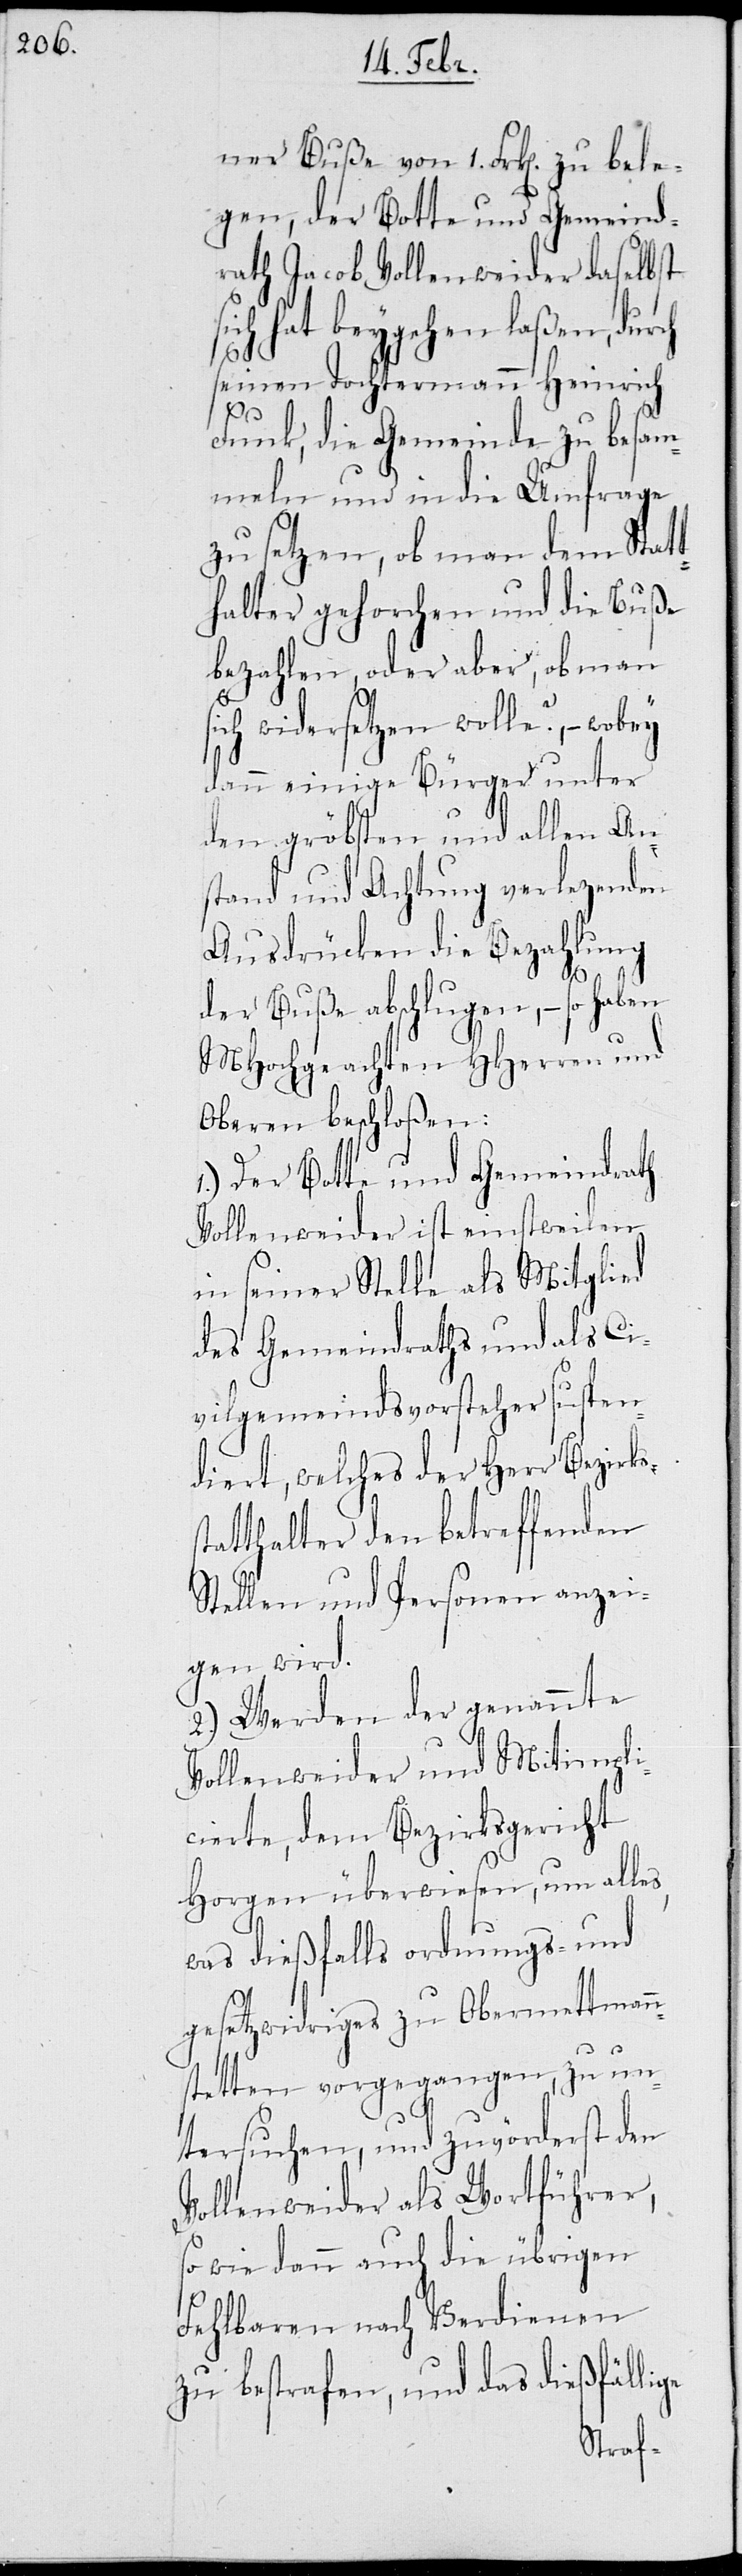
ner Buße von 1 Frk[en]. zu bele¬
gen, der Botte und Gemeind¬
rath Jacob Vollenweider daselbst
sich hat beygehen laßen, durch
seinen Tochtermann Heinrich
Fink, die Gemeinde zu be¬
meln und in die Umfrage
zu setzen, ob man dem Stat¬
gs-
halter gehorchen
bezahlen, oder aber, ob man
sich widersetzen wolle? – wobey
dann einige Bürger unter
An¬
Mitimpli¬
den gröbsten und a¬
nte
stand und Achtung ve¬
Ausdrücken die Bez¬
der Buße abschlugen,
und
MHochgeachten HH¬
Oberen beschloßen:
gericht
1.) Der Botte und Gem¬
Vollenweider ist eins¬
in seiner Stelle
des Gemeindraths u¬
vilgemeindsvors¬
diert, welches der
statthalter den betre¬
Stellen und Personen
gen wird.
2.) Werden der ge¬
Vollenweider und
cierte, dem Bezirks¬
Horgen überwiesen,
was dießfalls ordnun¬
gesetzwidriges zu Obermettmann¬
stetten vorgegangen, zu un¬
tersuchen, und zuvörderst den
Vollenweider als Wortführer,
so wie dann auch die übrigen
Fehlbaren nach Verdienen
zu bestrafen, und das dießfällige